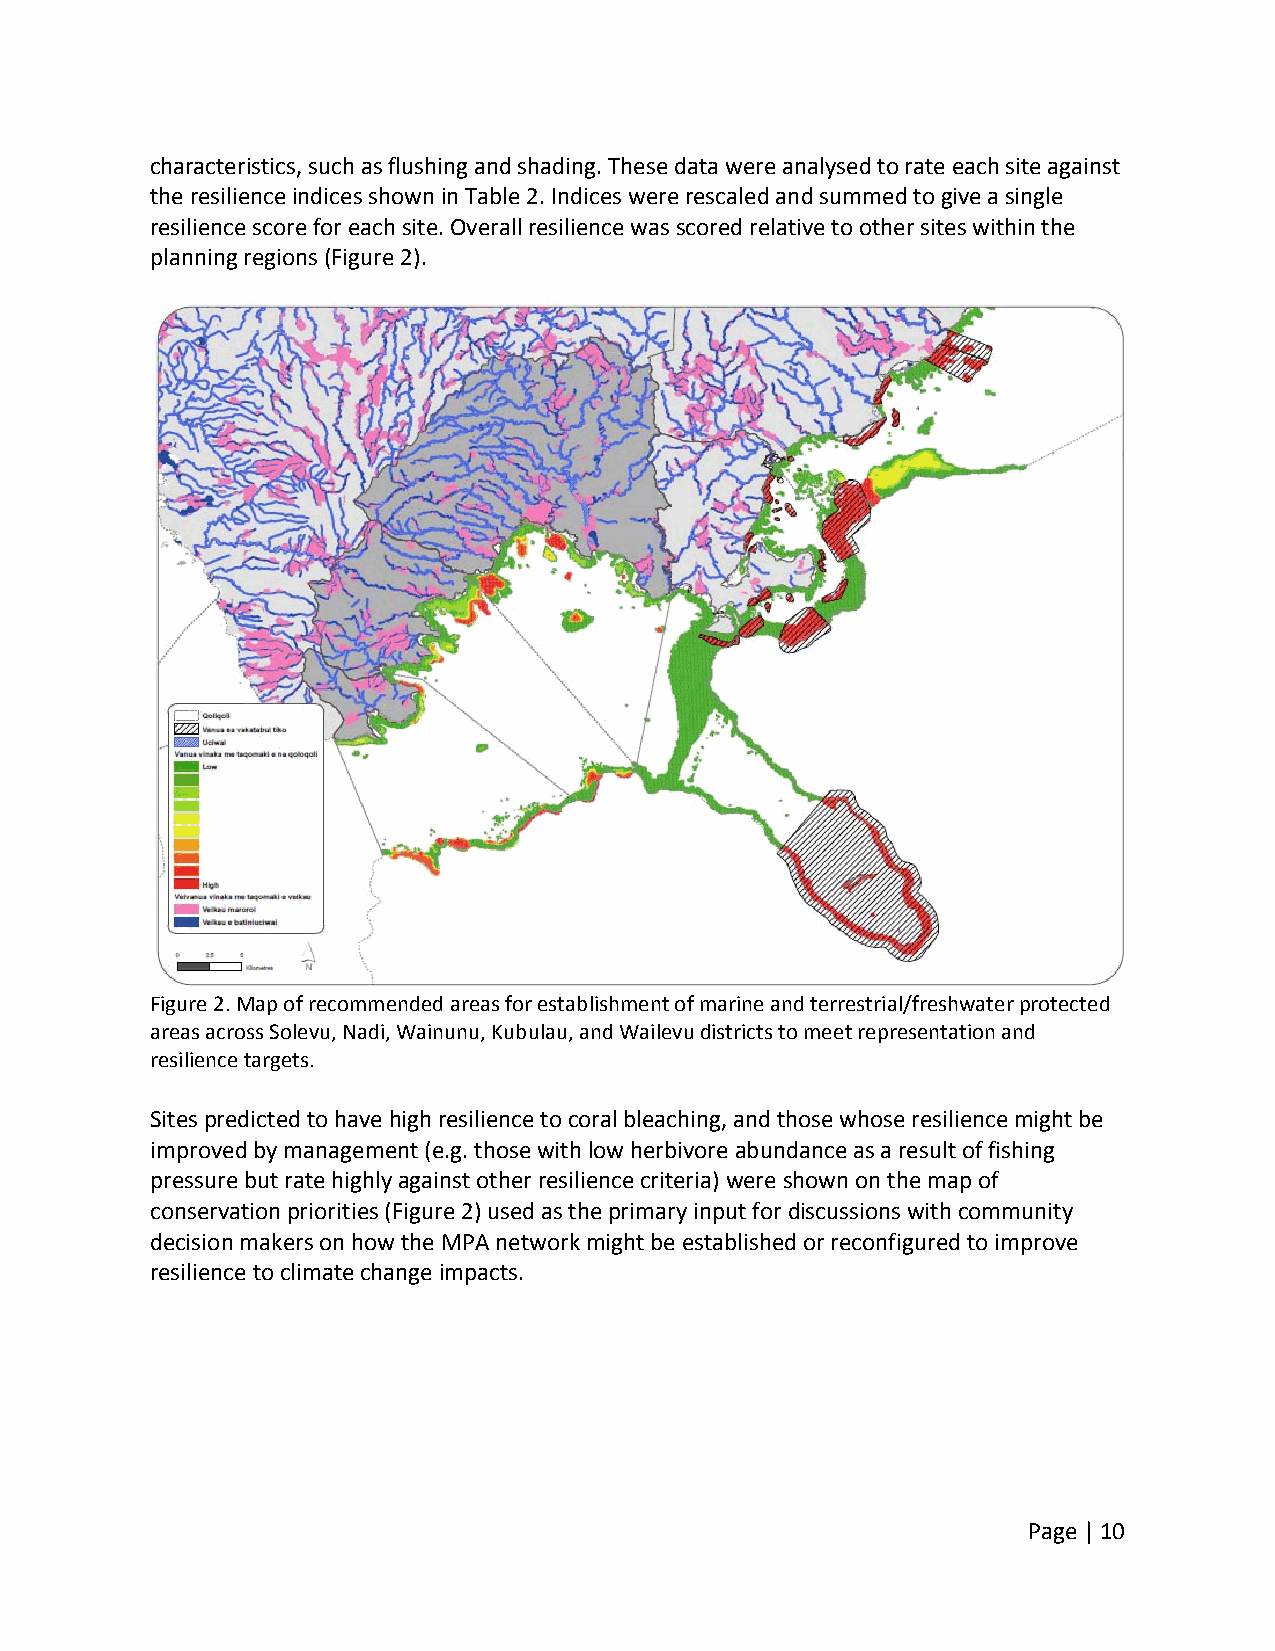
characteristics, such as flushing and shading. These data were analysed to rate each site against
 the resilience indices shown in Table 2. Indices were rescaled and summed to give a single
 resilience score for each site. Overall resilience was scored relative to other sites within the
 planning regions (Figure 2).
 Figure 2. Map of recommended areas for establishment of marine and terrestrial/freshwater protected
 areas across Solevu, Nadi, Wainunu, Kubulau, and Wailevu districts to meet representation and
 resilience targets.
 Sites predicted to have high resilience to coral bleaching, and those whose resilience might be
 improved by management (e.g. those with low herbivore abundance as a result of fishing
 pressure but rate highly against other resilience criteria) were shown on the map of
 conservation priorities (Figure 2) used as the primary input for discussions with community
 decision makers on how the MPA network might be established or reconfigured to improve
 resilience to climate change impacts.
 Page | 10